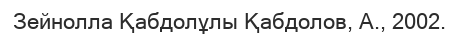
Зейнолла Қабдолұлы Қабдолов, А., 2002.